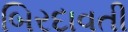
બિરદાવતી